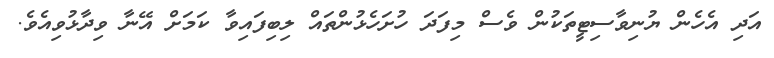
އަދި އެހެން ޔުނިވާސިޓީތަކުން ވެސް މިފަދަ ހުށަހެޅުންތައް ލިބިފައިވާ ކަަމަށް އޭނާ ވިދާޅުވިއެވެ.